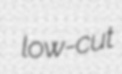
low-cut